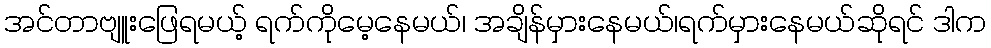
အင်တာဗျူးဖြေရမယ့် ရက်ကိုမေ့နေမယ်၊ အချိန်မှားနေမယ်၊ရက်မှားနေမယ်ဆိုရင် ဒါက